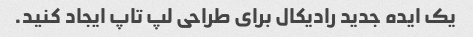
یک ایده جدید رادیکال برای طراحی لپ تاپ ایجاد کنید.